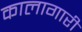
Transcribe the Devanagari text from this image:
कालागारी